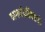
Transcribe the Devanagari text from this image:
वागर्थप्रतिपत्तये।